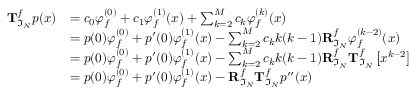
\begin{array} { r l } { \mathbf { T } _ { \mathfrak { I } _ { N } } ^ { f } p ( x ) } & { = c _ { 0 } \varphi _ { f } ^ { ( 0 ) } + c _ { 1 } \varphi _ { f } ^ { ( 1 ) } ( x ) + \sum _ { k = 2 } ^ { M } c _ { k } \varphi _ { f } ^ { ( k ) } ( x ) } \\ & { = p ( 0 ) \varphi _ { f } ^ { ( 0 ) } + p ^ { \prime } ( 0 ) \varphi _ { f } ^ { ( 1 ) } ( x ) - \sum _ { k = 2 } ^ { M } c _ { k } k ( k - 1 ) \mathbf { R } _ { \mathfrak { I } _ { N } } ^ { f } \varphi _ { f } ^ { ( k - 2 ) } ( x ) } \\ & { = p ( 0 ) \varphi _ { f } ^ { ( 0 ) } + p ^ { \prime } ( 0 ) \varphi _ { f } ^ { ( 1 ) } ( x ) - \sum _ { k = 2 } ^ { M } c _ { k } k ( k - 1 ) \mathbf { R } _ { \mathfrak { I } _ { N } } ^ { f } \mathbf { T } _ { \mathfrak { I } _ { N } } ^ { f } \left[ x ^ { k - 2 } \right] } \\ & { = p ( 0 ) \varphi _ { f } ^ { ( 0 ) } + p ^ { \prime } ( 0 ) \varphi _ { f } ^ { ( 1 ) } ( x ) - \mathbf { R } _ { \mathfrak { I } _ { N } } ^ { f } \mathbf { T } _ { \mathfrak { I } _ { N } } ^ { f } p ^ { \prime \prime } ( x ) } \end{array}